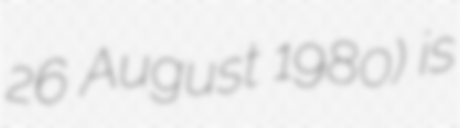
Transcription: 26 August 1980) is